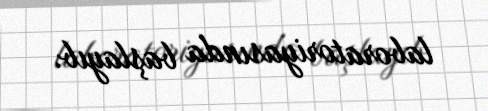
laboratoriyasında başlayıb.